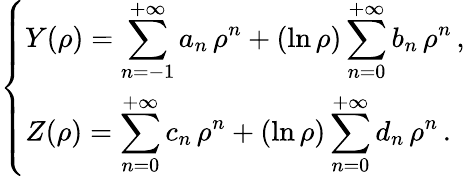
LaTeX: \left\{ \begin{array}{ll}{{\displaystyle Y(\rho)=\sum_{n=-1}^{+\infty}a_{n}\, \rho^{n}+(\ln\rho)\sum_{n=0}^{+\infty}b_{n}\, \rho^{n}}\, ,}\\ {{\displaystyle Z(\rho)=\sum_{n=0}^{+\infty}c_{n}\, \rho^{n}+(\ln\rho)\sum_{n=0}^{+\infty}d_{n}\, \rho^{n}}\, .}\end{array}\right.